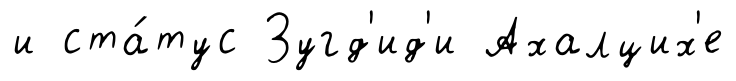
и ста́тус Зугд'ид'и Ахалцих'е